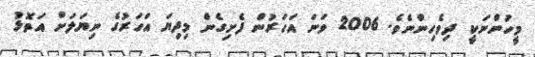
މީހުންނަކީ ދިވެހިންނެވެ. 2006 ވަނަ އަހަރުން ފެށިގެން މިދިޔަ އަހަރުގެ ނިޔަލަށް އަތޮޅު